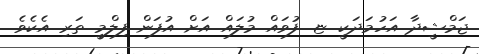
ޖަމްޝީދާ އަހުމަދަކީ ޏ. ފުވައް މުލައް އަށް އުފަން ފިލްމީ ތަރި އެކެވެ.